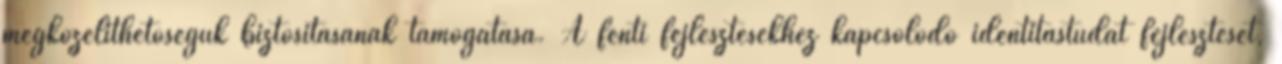
megközelíthetőségük biztosításának támogatása. A fenti fejlesztésekhez kapcsolódó identitástudat fejlesztését,